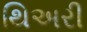
થિઅરી